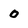
Character: 0